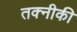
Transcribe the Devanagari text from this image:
तक्नीकी